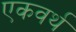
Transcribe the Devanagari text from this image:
एकवर्थ